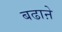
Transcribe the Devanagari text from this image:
बढाऩे